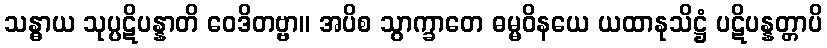
သန္ဓာယ သုပ္ပဋိပန္နာတိ ဝေဒိတဗ္ဗာ။ အပိစ သွာက္ခာတေ ဓမ္မဝိနယေ ယထာနုသိဋ္ဌံ ပဋိပန္နတ္တာပိ